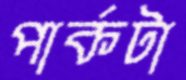
পার্কটা